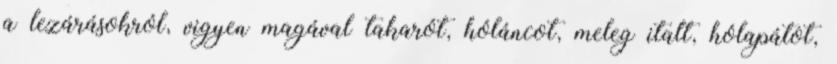
a lezárásokról, vigyen magával takarót, hóláncot, meleg italt, hólapátot,